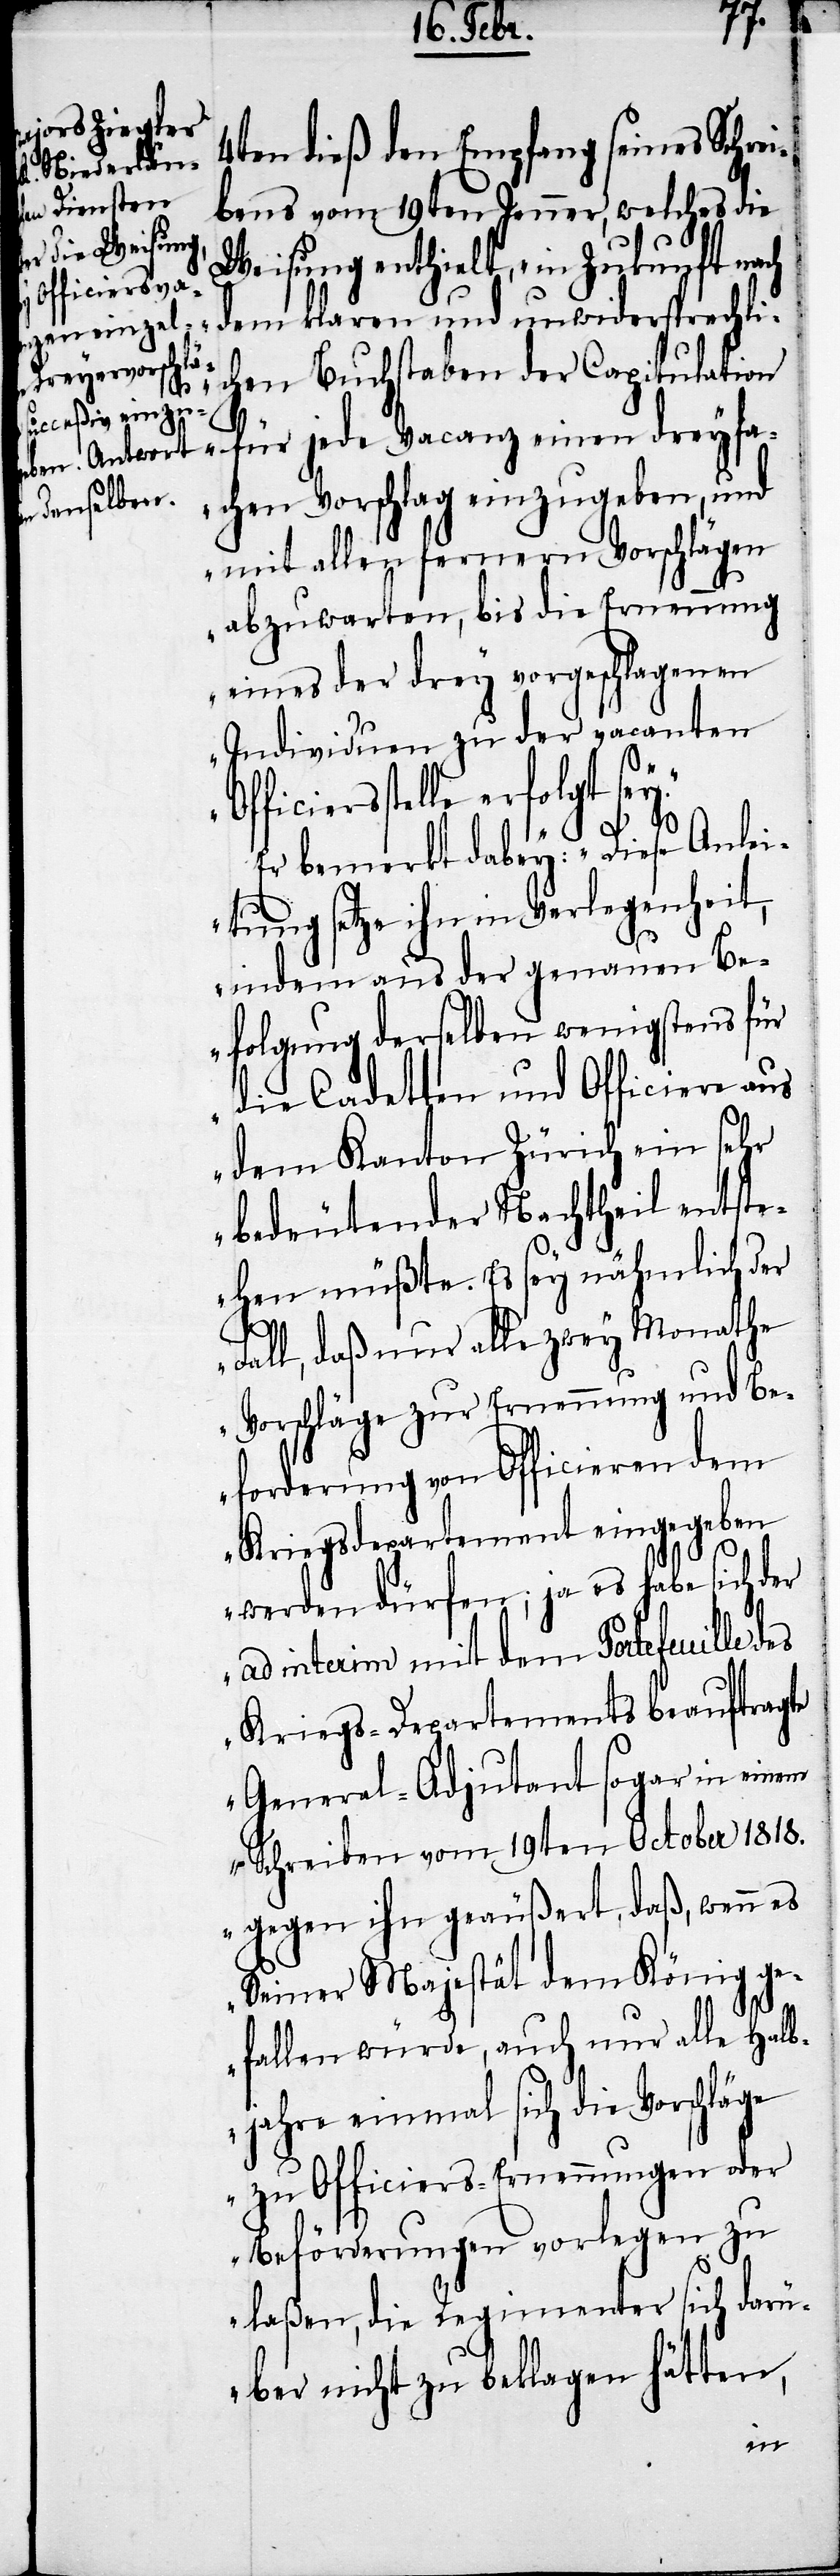
4ten dieß den Empfang seines Schrei¬
bens vom 19ten Jenner, welches die
Weisung enthielt, „in Zukunft nach
Officiersst¬
dem klaren und unwidersprechli¬
chen Buchstaben der Capitulation
für jede Vacanz einen dreyfa¬
chen Vorschlag einzugeben, und
mit allen fernern Vorschlägen
abzuwarten, bis die Ernennung
eines der drey vorgeschlagenen
Individuen zu der vacanten
elle erfolgt sey.“
Er bemerkt dabey: „Diese Anlei¬
tung setze ihn in Verlegenheit,
indem aus der genauen Be¬
folgung derselben wenigstens für
die Cadetten und Officiere aus
dem Kanton Zürich ein sehr
bedeutender Nachtheil entste¬
hen müßte. Es sey nähmlich der
Fall, daß nur alle zwey Monathe
Vorschläge zur Ernennung und Be¬
forderung von Officieren dem
Kriegsdepartement eingegeben
werden dürfen; ja es habe sich der
ad interim mit dem Portefeuille des
Kriegs-Departements beauftragte
General-Adjutant sogar in einem
Schreiben vom 19ten October 1818.
gegen ihn geäußert, daß, wenn es
Seiner Majestät dem König ge¬
fallen würde, auch nur alle Halb¬
jahre einmal sich die Vorschläge
zu Officiers-Ernennungen der
Beförderungen vorlegen zu
laßen, die Regimenter sich darü¬
ber nicht zu beklagen hätten,